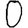
Digit: 0